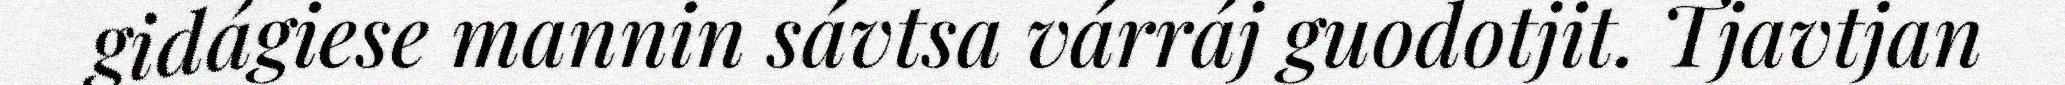
gidágiese mannin sávtsa várráj guodotjit. Tjavtjan